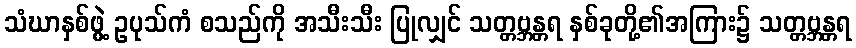
သံဃာနှစ်ဖွဲ့ ဥပုသ်ကံ စသည်ကို အသီးသီး ပြုလျှင် သတ္တဗ္ဘန္တရ နှစ်ခုတို့၏အကြား၌ သတ္တဗ္ဘန္တရ